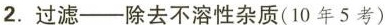
2. 过滤——除去不溶性杂质(10年5考)